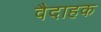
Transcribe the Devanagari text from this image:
वैदाहक